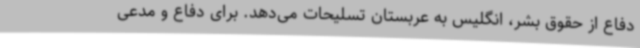
دفاع از حقوق بشر، انگلیس به عربستان تسلیحات می‌دهد. برای دفاع و مدعی